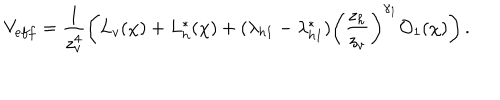
V _ { e f f } = \frac { 1 } { z _ { v } ^ { 4 } } \left( L _ { v } ( \chi ) + L _ { h } ^ { * } ( \chi ) + ( \lambda _ { h 1 } - \lambda _ { h 1 } ^ { * } ) \left( \frac { z _ { h } } { z _ { v } } \right) ^ { \gamma _ { 1 } } { \cal O } _ { 1 } ( \chi ) \right) .